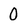
Character: 0